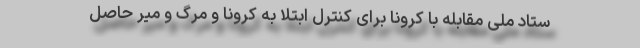
ستاد ملی مقابله با کرونا برای کنترل ابتلا به کرونا و مرگ و میر حاصل